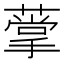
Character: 𦺡